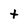
Character: t